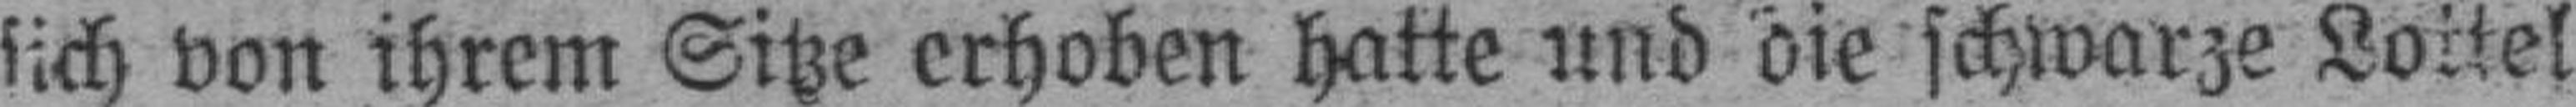
sich von ihrem Sitze erhoben hatte und die schwarze Lottel